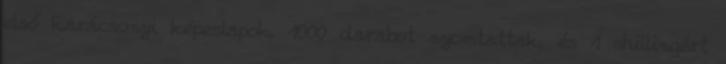
első karácsonyi képeslapok. 1000 darabot nyomtattak, és 1 shillingért